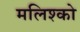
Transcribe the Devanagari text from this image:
मलिश्को